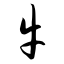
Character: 牛